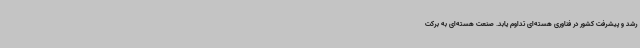
رشد و پیشرفت کشور در فناوری هسته‌ای تداوم یابد. صنعت هسته‌ای به برکت